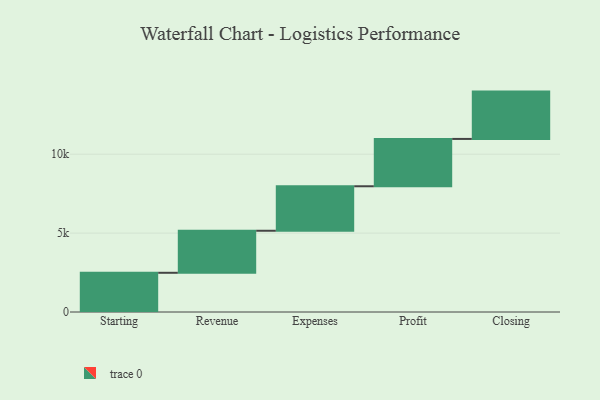
{"axis": {"x": "Step", "y": "Value"}, "legend": [""], "data": [{"x": "Starting", "y": 2485.0, "type": ""}, {"x": "Revenue", "y": 2665.0, "type": ""}, {"x": "Expenses", "y": 2820.0, "type": ""}, {"x": "Profit", "y": 3000, "type": ""}, {"x": "Closing", "y": 3000, "type": ""}]}